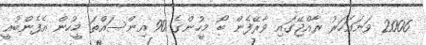
2006 ވަނައަހަރު ރާއްޖޭގައި ވާރޭފެން ބޯ މީހުންގެ 90 އިންސައްތަ މީހުން އެފެންބުއީ